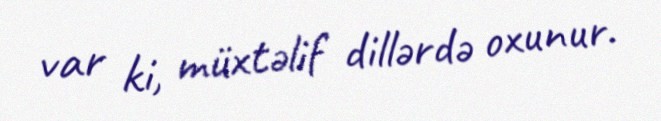
var ki, müxtəlif dillərdə oxunur.